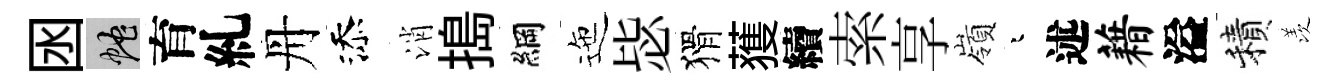
囦蛇育糺丹添消搗綱迤毖猾𫉬續索享嶺迢述藉溢積羡